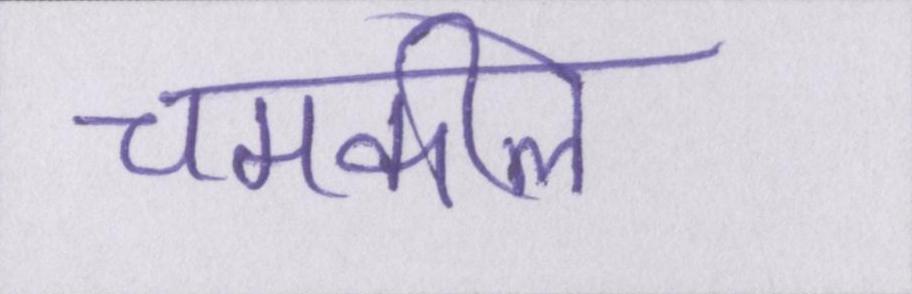
चमकीले